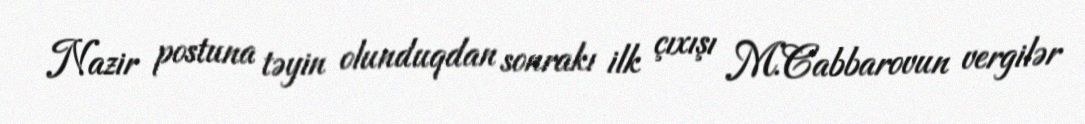
Nazir postuna təyin olunduqdan sonrakı ilk çıxışı M.Cabbarovun vergilər